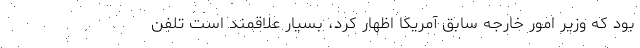
بود که وزیر امور خارجه سابق آمریکا اظهار کرد، بسیار علاقمند است تلفن